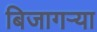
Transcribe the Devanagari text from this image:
बिजागऱ्या